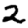
Digit: 2